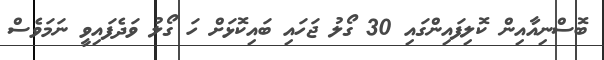
ބޮސްނިއާއިން ކޮލިފައިންގައި 30 ގޯލު ޖަހައި ބައިކޮޅަށް ހަ ގޯލު ވަދެފައިވީ ނަމަވެސް